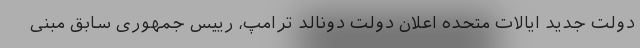
دولت جدید ایالات متحده اعلان دولت دونالد ترامپ، رییس جمهوری سابق مبنی